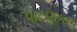
પાટણકર